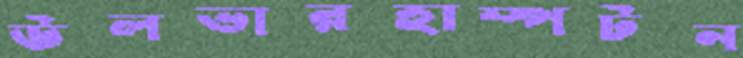
উলভারহাম্পটন